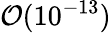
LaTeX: {\cal O}(10^{-13})